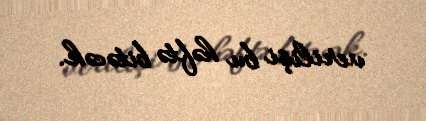
verilişi bu həftə bitəcək.